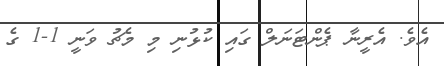
އެވެ. އެރީނާ ޕެންޓަނަލް ގައި ކުޅުނި މި މެޗު ވަނީ 1-1 ގެ